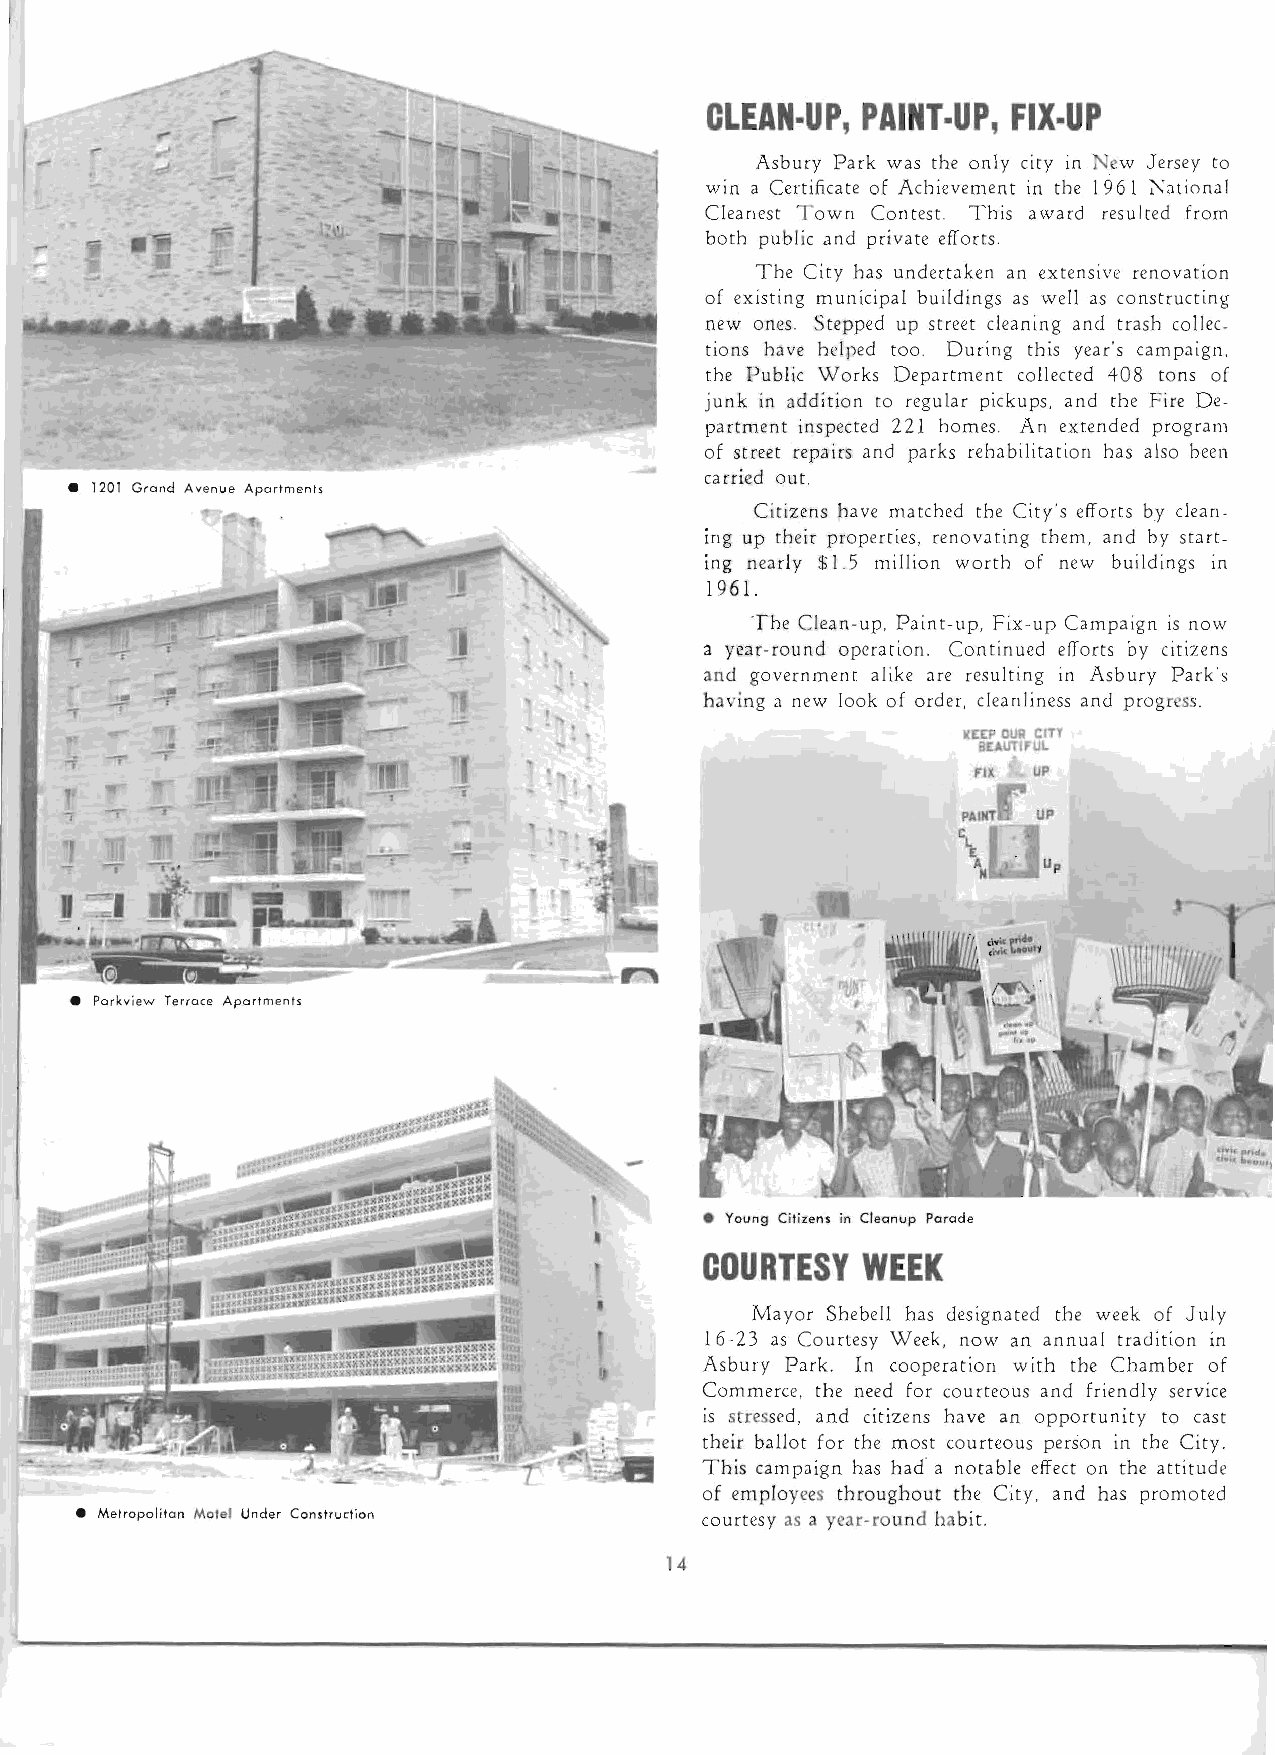
CLEAN-UP, PAINT-UP, FIX-UP
 Asbury Park was the only city in N ew Jersey to
 wIn a Certificate of Achievement in the 1961 7'\Zlti onal
 Cleanest T own Contest. This award resulted from
 both public and private efforts.
 The City has undertaken an extensive renovation
 of existing municipal buildings as well as constructing
 new ones. Stepped up street cleaning and trash collec­
 tions have helped too. During this year's campaign,
 the Public Works Department collected 408 tons of
 junk in addition to regular pickups, and the Fire De­
 partment inspected 221 homes. An extended program
 of street repairs and parks rehabilitation has also been
 ca rried ou t.
 Citizens have matched the City'S efforts by clean­
 Ing up their properties, renovating them , and by start­
 ing nearly $1.5 million worth of new buildings in
 1961.
 The Clean-up, Paint-up, Fix-up Campaign is now
 a year-round operation. Continued efTorts by citizens
 and government alike are resulting in Asbury Park's
 having a new look of order, cleanliness and progress.
 1tr£P OUA Cln
 8£AUTI,UL
 fiX UP
 PAINT UP
 ~l
 [
 Ali  Up
 • Parkview Terrace Apartments
 • Young Citizens in Cleanup Parade
 COURTESY   WEEK
 Ma yor Shebell has designated the week of July
 16-23 as Courtesy Week, now an annual tradition in
 Asbury Park. In cooperation with the Chamber of
 Commerce, the need for courteous and friendly service
 is stressed, and citizens have an opportunity to cast
 their ballot for the most courteous person in the City.
 This campaign has had' a notable effect on the attitude
 of employees throughout the Cty, and has promoted
 • Metropolitan Molel Under Construction  courtesy as a year-round habit.
 14
 s;